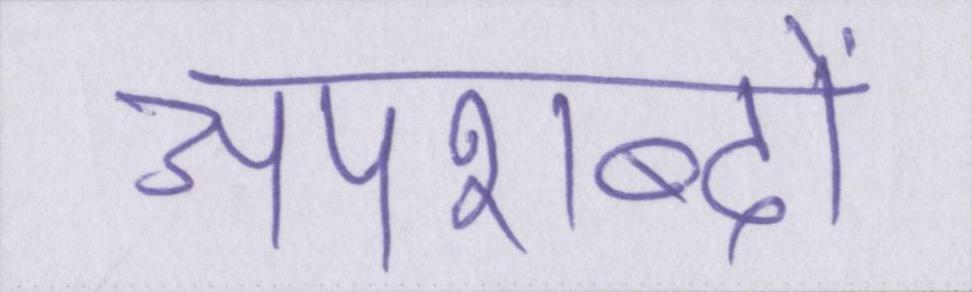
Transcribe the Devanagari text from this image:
अपशब्दों